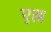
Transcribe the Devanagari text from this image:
एल्ल